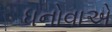
ધનોવાએ